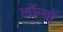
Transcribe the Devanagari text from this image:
लॉन्चों